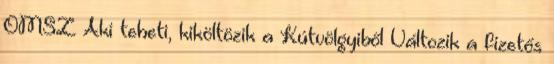
OMSZ Aki teheti, kiköltözik a Kútvölgyiből Változik a fizetős